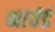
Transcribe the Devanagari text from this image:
भावंडं